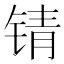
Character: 锖